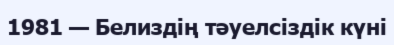
1981 — Белиздің тәуелсіздік күні